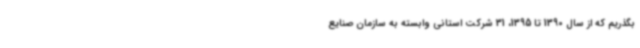
بگذریم که از سال 1390 تا 1395، 31 شرکت استانی وابسته به سازمان صنایع